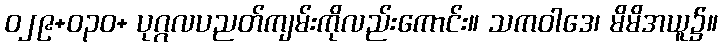
ဝ၂၉+ဝ၃၀+ ပုဂ္ဂလပညတ်ကျမ်းကိုလည်းကောင်း။ သကဝါဒေ၊ မိမိအယူ၌။